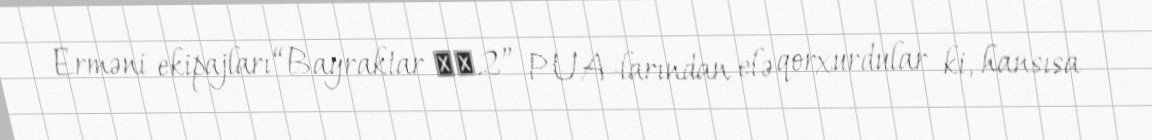
Erməni ekipajları “Bayraktar ТВ2” PUA-larından elə qorxurdular ki, hansısa